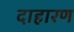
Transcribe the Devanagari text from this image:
दाहारण